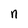
Character: n